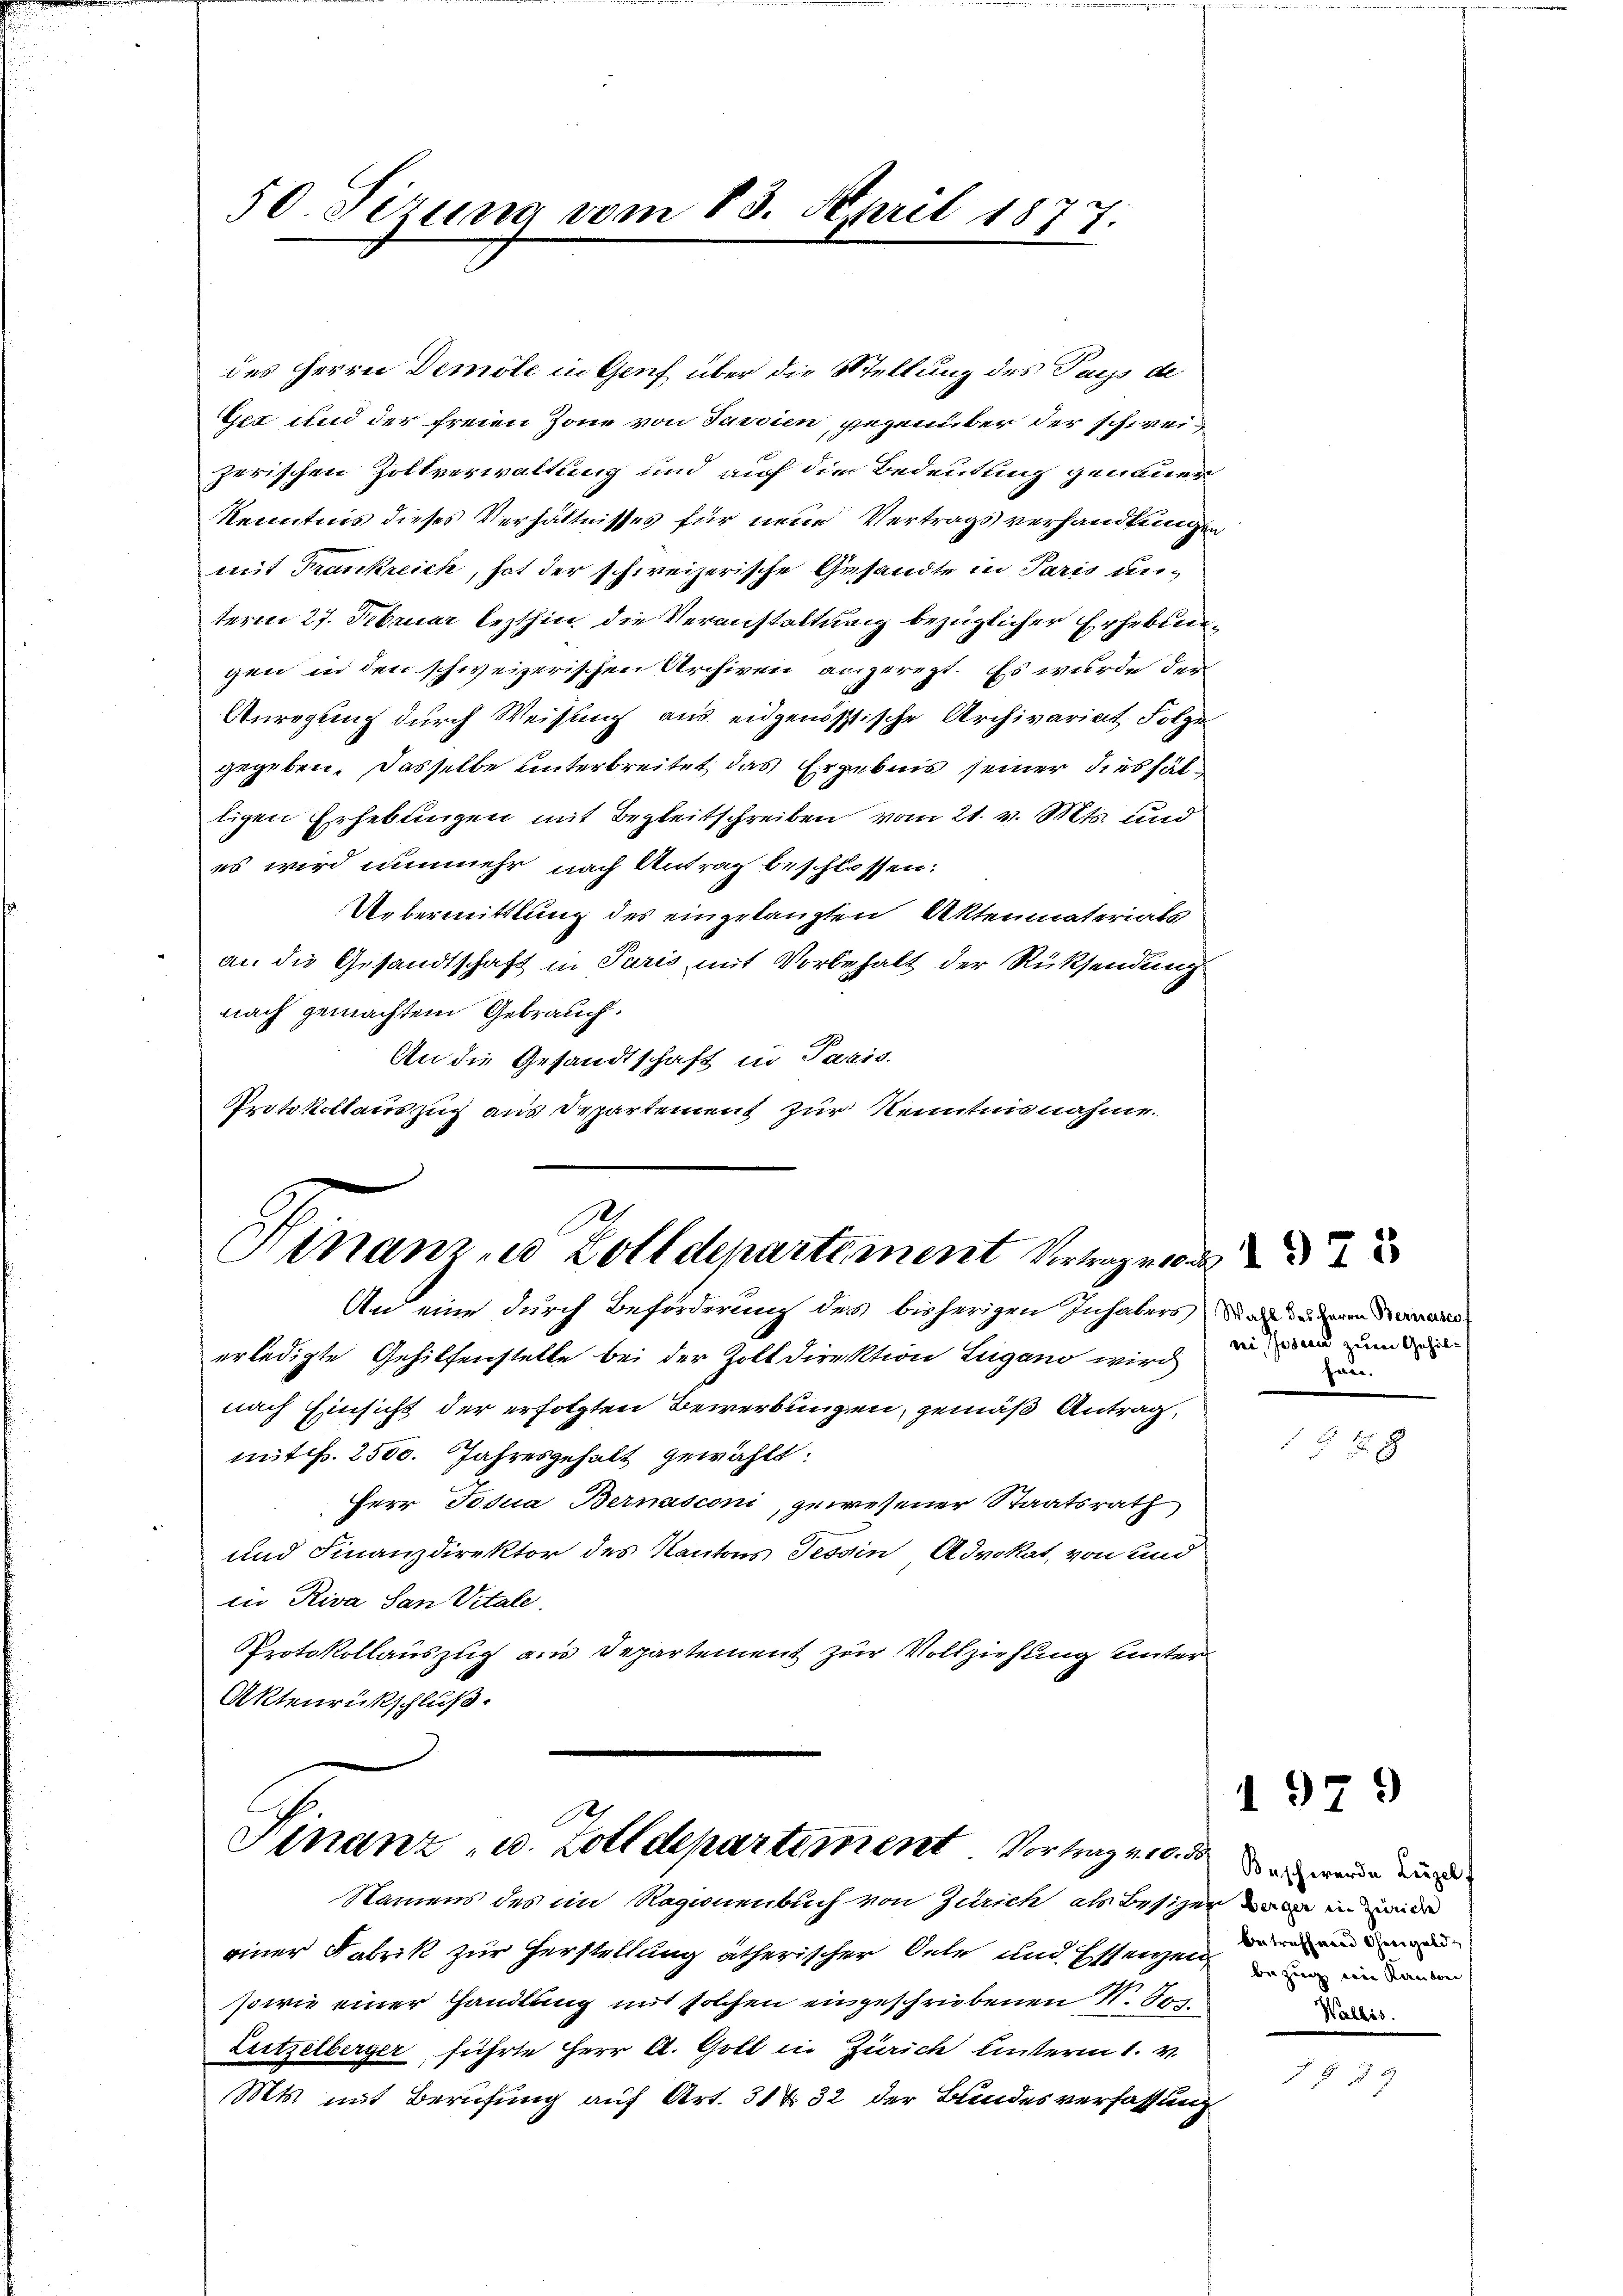
50. Sizung vom 13. April 1877.

des Herrn Demole in Genf über die Stellung des Pays de
Ger und der freien Zone von Jassien, gegenüber der schweizerischen Zoltverwaltung und auf die Bedeutung genauer
Kenntnis dieses Verhältnisses für neue Vertragsverhandlungen
mit Frankreich, hat der schweizerische Gesandte in Paris unterm 27. Februar lezthin die Veranstaltung bezüglicher Erhebungen in den schweizerischen Archiven angeregt. Es wurde der
Anregung durch Weisung aus eidgenössische Archivariat Folgen
gegeben. Dasselbe unterbreitet das Ergebnis seiner diesfältigen Erhebungen mit Begleitschreiben vom 21. v. Mts. und
es wird nunmehr nach Antrag beschlossen:
Uebermittlung des eingelangten Aktenmaterials
an die Gesandtschaft in Paris mit Vorbehalt der Rücksendung
nach gemachtem Gebrauch.
An die Gesandtschaft in Paris.
Protokollauszug aus Departement zur Kenntnisnahme.

Finanzes Zolldepartement Vertragende

An eine durch Beförderung der bisherigen Inhabers der daheren den
erledigte Gehilfenstelle bei der Zoll Direktion Lugano wird
nach Einsicht der erfolgten Bewerbungen, gemäß Antrag,
mit. 2500. Jahresgehalt gewählt:
Herr Josua Bernasconi, gewesener Staatsrath
und Finanzdirektor des Kantons Tessin Advokat, von und
in Riva San Vitale.
Protokollauszug aus Departement zur Vollziehung unter
Aktenrückschluß.

S
Finanz- u. Zolldepartement Vortrag vnd wenn ein
Namens des im Ragionenbuch von Zürich als Besizer wie in de

einer Fabrik zur Herstellung ätherischer Oele und Estanzen einm
sowie einer Handlung mit solchen eingeschriebenen N. 805.
Lurtzelberger führte Herr A. Gott in Zürich unterm 1. v.
Mts. mit Berufung auf Art. 31 32 der Bundesverfassung

ei send zum Gehiltan.

1979

.

2
 28

beizung eine Kanton
Wallis.

19